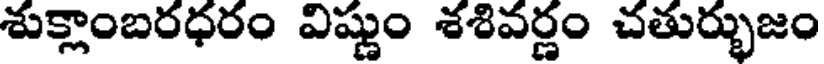
శుక్లాంబరధరం విష్ణుం శశివర్ణం చతుర్భుజం